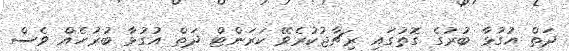
ދަތް އުގުޅާ ބުރުގެ ގޮތުގައި ރިޗާޖުކުރެވޭ ކަރަންޓް ދަތް އުގުޅާ ބުރުހެއް ވެސް